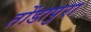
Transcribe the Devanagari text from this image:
तोंडापुरा